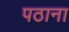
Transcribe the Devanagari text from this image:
पठाना